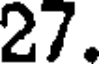
27.